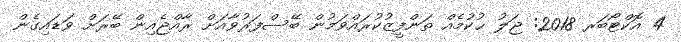
4 އޮކްޓޯބަރ 2018: ޖަލު ޙުކުމެއް ތަންފީޒުކުރައްވަމުން ބޭސްފަރުވާއަށް ރާއްޖެއިން ބޭރަށް ވަޑައިގެން